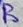
Text: B